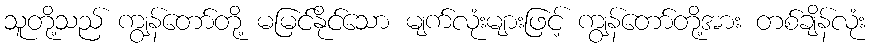
သူတို့သည် ကျွန်တော်တို့ မမြင်နိုင်သော မျက်လုံးများဖြင့် ကျွန်တော်တို့အား တစ်ချိန်လုံး